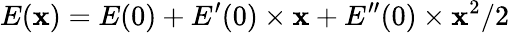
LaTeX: E(\mathbf{x})=E(0)+E^{\prime}(0)\times\mathbf{x}+E^{\prime\prime}(0)\times\mathbf{x}^{2}/2